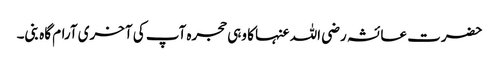
حضرت عائشہ رضی اللہ عنہا کا وہی حجرہ آپ کی آخری آرام گاہ بنی۔